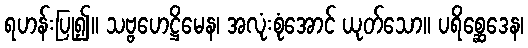
ရဟန်းပြု၍။ သဗ္ဗဟေဋ္ဌိမေန၊ အလုံးစုံအောင် ယုတ်သော။ ပရိစ္ဆေဒေန၊